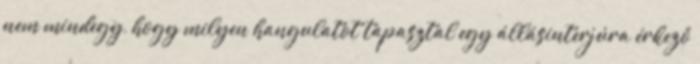
nem mindegy, hogy milyen hangulatot tapasztal egy állásinterjúra érkező